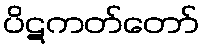
ပိဋကတ်တော်